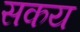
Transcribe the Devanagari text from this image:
सकय